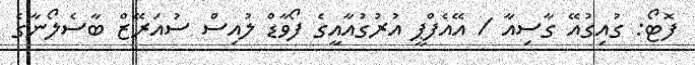
ފޮޓޯ: ގުއިގުއޭ ގާސިއާ / އޭއެފްޕީ އުރުގުއާއީގެ ފޯވާޑް ލުއިސް ސުއަރޭޒް ބާސެލޯނާގެ